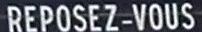
REPOSEZ-VOUS